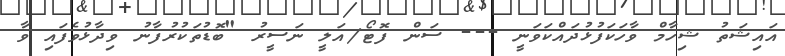
އައިޝަތު ޝިހާމް ވާހަކަފުޅުދައްކަވަނީ --- ސަން ފޮޓޯ/އަލީ ނަސީރު "ބޮޑުތަކުރުފާނު ވިދާޅުވެފައި ވާ